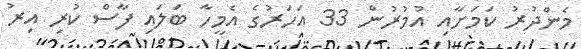
މެންދުރު ކަމަށާއި އުމުރުން 33 އަހަރުގެ އެމީހާ ބަލައި ފާސް ކުރި އިރު